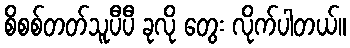
စိစစ်တတ်သူပီပီ ခုလို တွေး လိုက်ပါတယ်။